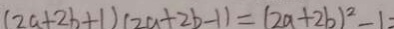
( 2 a + 2 b + 1 ) ( 2 a + 2 b - 1 ) = ( 2 a + 2 b ) ^ { 2 } - 1 =